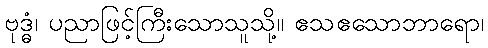
ဗုဒ္ဓံ၊ ပညာဖြင့်ကြီးသောသူသို့။ ဧသဧသောဘာရော၊